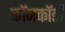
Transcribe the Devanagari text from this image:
कॉनकॉर्डों